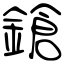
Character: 鎗